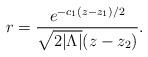
LaTeX: \begin{align*}r={e^{-c_1(z-z_1)/2}\over\sqrt{2|\Lambda|}(z-z_2)}.\end{align*}